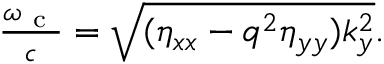
\begin{array} { r } { \frac { \omega _ { \mathrm { ~ c ~ } } } { c } = \sqrt { ( \eta _ { x x } - q ^ { 2 } \eta _ { y y } ) k _ { y } ^ { 2 } } . } \end{array}